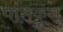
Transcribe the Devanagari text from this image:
पांसकुरा